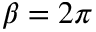
\beta = 2 \pi